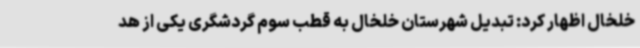
خلخال اظهار کرد: تبدیل شهرستان خلخال به قطب سوم گردشگری یکی از هد